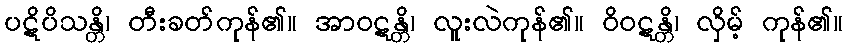
ပဋိပိသန္တိ၊ တီးခတ်ကုန်၏။ အာဝဋန္တိ၊ လူးလဲကုန်၏။ ဝိဝဋန္တိ၊ လှိမ့် ကုန်၏။